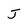
Character: J